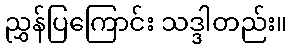
ညွှန်ပြကြောင်း သဒ္ဒါတည်း။